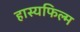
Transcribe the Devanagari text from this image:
हास्यफिल्म